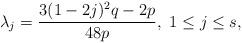
LaTeX: \begin{align*}\lambda_j=\frac{3(1-2j)^2q-2p}{48p},\ 1\leq j\leq s,\end{align*}